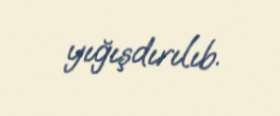
yığışdırılıb.